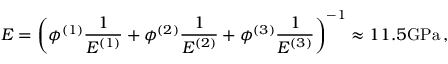
E = \left( \phi ^ { ( 1 ) } \frac { 1 } { E ^ { ( 1 ) } } + \phi ^ { ( 2 ) } \frac { 1 } { E ^ { ( 2 ) } } + \phi ^ { ( 3 ) } \frac { 1 } { E ^ { ( 3 ) } } \right) ^ { - 1 } \approx 1 1 . 5 \mathrm { { G P a } } \, ,